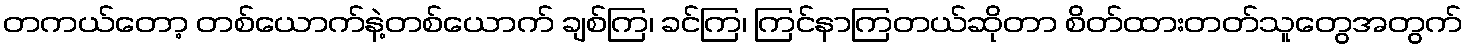
တကယ်တော့ တစ်ယောက်နဲ့တစ်ယောက် ချစ်ကြ၊ ခင်ကြ၊ ကြင်နာကြတယ်ဆိုတာ စိတ်ထားတတ်သူတွေအတွက်